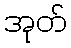
အုတ်